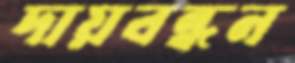
দায়বন্ধন